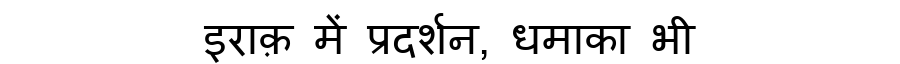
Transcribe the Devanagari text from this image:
इराक़ में प्रदर्शन, धमाका भी